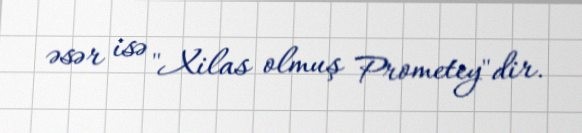
əsər isə "Xilas olmuş Prometey"dir.